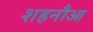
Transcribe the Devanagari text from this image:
शहनौआ